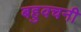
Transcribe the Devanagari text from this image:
बहुवचनी